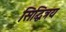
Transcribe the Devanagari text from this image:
सिद्धित्रय